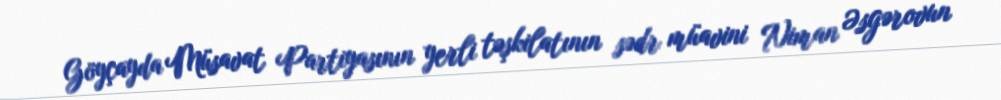
Göyçayda Müsavat Partiyasının yerli təşkilatının sədr müavini Niman Əsgərovun